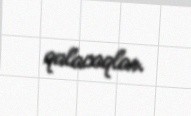
qalacaqlar.